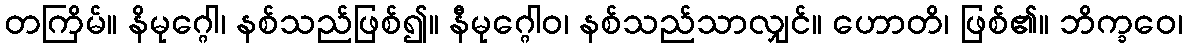
တကြိမ်။ နိမုဂ္ဂေါ၊ နစ်သည်ဖြစ်၍။ နီမုဂ္ဂေါဝ၊ နစ်သည်သာလျှင်။ ဟောတိ၊ ဖြစ်၏။ ဘိက္ခဝေ၊